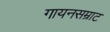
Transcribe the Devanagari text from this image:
गायनसम्राट